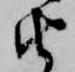
由